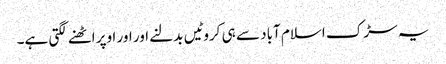
یہ سڑک اسلام آباد سے ہی کروٹیں بدلنے اور اور اوپر اٹھنے لگتی ہے۔